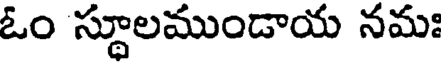
ఓం స్థూలముండాయ నమః